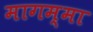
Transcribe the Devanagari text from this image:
मागम्मा